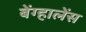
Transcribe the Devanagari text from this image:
बेंग्हालेंस